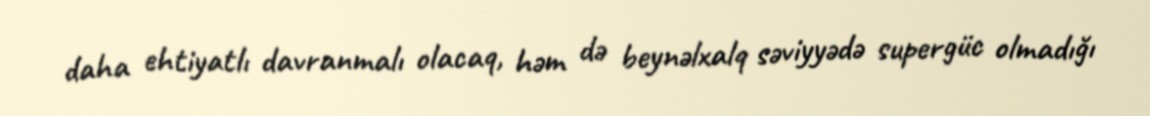
daha ehtiyatlı davranmalı olacaq, həm də beynəlxalq səviyyədə supergüc olmadığı